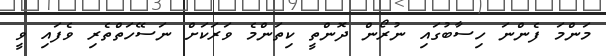
މަންމަ ފެންނަ ހިސާބުގައި ނުރޯން ދޮންތީ ކިތަންމެ ވަރަކަށް ނަސޭހަތްތެރި ވެފައި ވީ